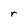
Character: r